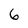
Character: 6